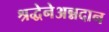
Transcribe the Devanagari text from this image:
श्रद्धेनेअन्नदान